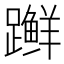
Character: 𫏨